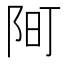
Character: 𫔿